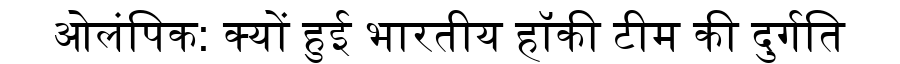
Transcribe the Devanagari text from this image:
ओलंपिक: क्यों हुई भारतीय हॉकी टीम की दुर्गति